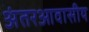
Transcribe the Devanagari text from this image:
अंतरआवासीय